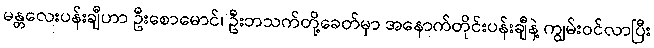
မန္တလေးပန်းချီဟာ ဦးစောမောင်၊ ဦးဘသက်တို့ခေတ်မှာ အနောက်တိုင်းပန်းချီနဲ့ ကျွမ်းဝင်လာပြီး